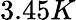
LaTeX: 3.45K